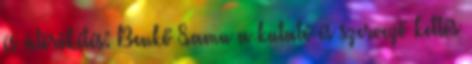
és átörökítés: Benkő Samu a kutató és szervező kettős